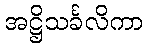
အဋ္ဌိသင်္ခလိကာ